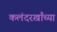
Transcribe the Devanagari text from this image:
कलंदरखाँच्या